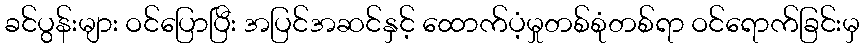
ခင်ပွန်းများ ဝင်ပြောပြီး အပြင်အဆင်နှင့် ထောက်ပံ့မှုတစ်စုံတစ်ရာ ဝင်ရောက်ခြင်းမှ